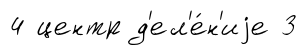
4 центр д'ел'е́н'иjе 3